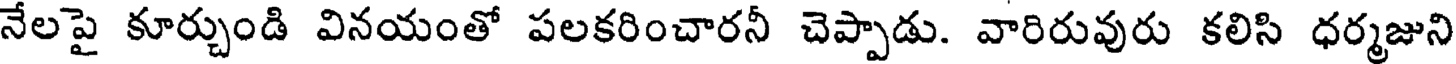
నేలపై కూర్చుండి వినయంతో పలకరించారనీ చెప్పాడు. వారిరువురు కలిసి ధర్మజుని